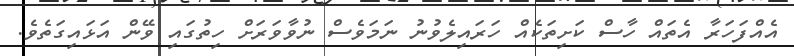
އެއްފަހަރާ އެތައް ހާސް ކަށިތަކެއް ހަރައިލެވުނު ނަމަވެސް ނުވާވަރަށް ހިތުގައި ވޭން އަޅައިގަތެވެ.